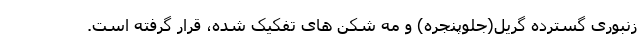
زنبوری گسترده گریل(جلوپنجره) و مه شکن های تفکیک شده، قرار گرفته است.